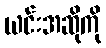
ယင်းအဆိုကို